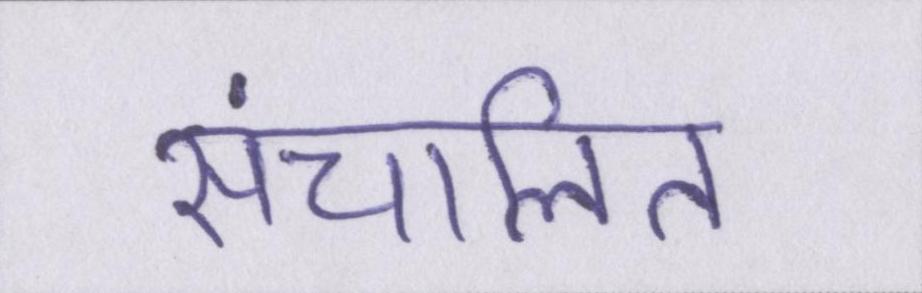
संचालित